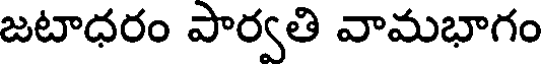
జటాధరం పార్వతి వామభాగం